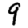
Digit: 9